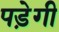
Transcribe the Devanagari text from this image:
पडे़गी